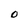
Character: 0